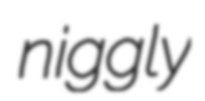
niggly